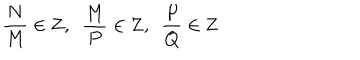
LaTeX: { \frac { N } { M } } \in { \bf Z } , \, \, \, { \frac { M } { P } } \in { \bf Z } , \, \, \, { \frac { P } { Q } } \in { \bf Z }